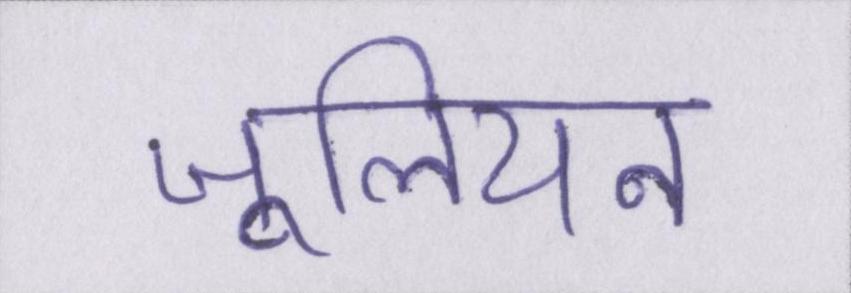
जूलियन